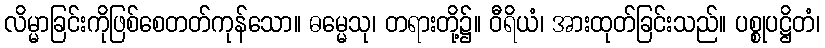
လိမ္မာခြင်းကိုဖြစ်စေတတ်ကုန်သော။ ဓမ္မေသု၊ တရားတို့၌။ ဝီရိယံ၊ အားထုတ်ခြင်းသည်။ ပစ္စုပဋ္ဌိတံ၊